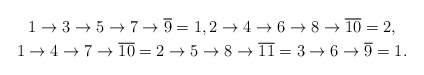
\begin{gather*} 1 \rightarrow 3 \rightarrow 5 \rightarrow 7 \rightarrow \overline{9}=1, 2 \rightarrow 4 \rightarrow 6 \rightarrow 8 \rightarrow \overline{10}=2, \\1 \rightarrow 4 \rightarrow 7 \rightarrow \overline{10}=2 \rightarrow 5\rightarrow 8 \rightarrow \overline{11}=3 \rightarrow 6 \rightarrow \overline{9}=1.\end{gather*}